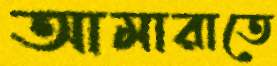
আমারাতে